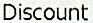
DISCOUNT